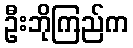
ဦးဘိုကြည်က